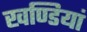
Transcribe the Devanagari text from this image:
खण्डियां